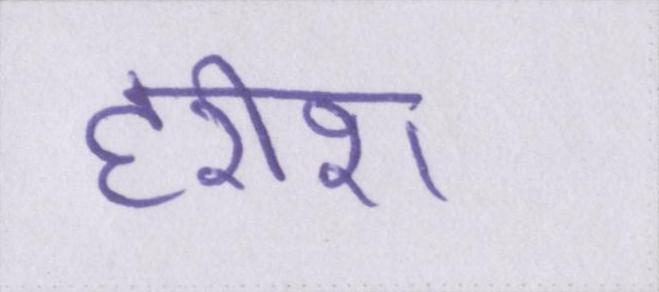
हरीश